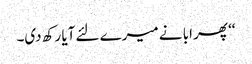
‘‘ پھر ابا نے میرے لئے آیا رکھ دی۔